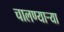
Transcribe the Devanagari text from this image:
चालण्यार्‍या